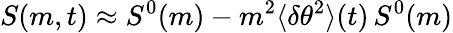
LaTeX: S(m,t)\approx S^{0}(m)-m^{2}\langle\delta\theta^{2}\rangle(t)\, S^{0}(m)